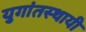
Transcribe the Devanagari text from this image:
युगांतस्थायी